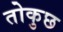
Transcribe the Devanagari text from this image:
तोकुछ